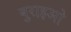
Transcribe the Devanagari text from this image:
बुराइओ